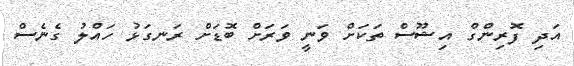
އަދި ފޮރިންގް އިޝޫސް ތަކަށް ވަނީ ވަރަށް ބޮޑަށް ރަނގަޅު ހައްލު ގެނެސް